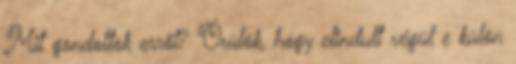
Mit gondoltok erről? Örülök, hogy elindult végül e külön